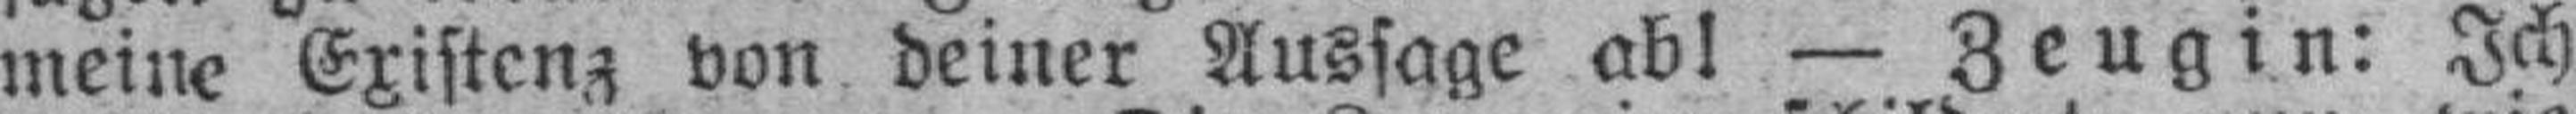
meine Existenz von deiner Aussage ab! — Zeugin: Ich